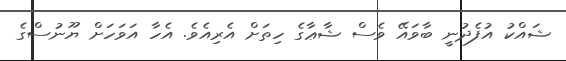
ޝައްކު އުފެދުނީ ބާވައޭ ވެސް ޝާޢާގެ ހިތަށް އެރިއެވެ. އެހާ އަވަހަށް ޔޫނުސްގެ